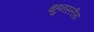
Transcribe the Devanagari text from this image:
बहुनस्लीय